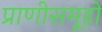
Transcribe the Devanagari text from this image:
प्राणीसमूहों